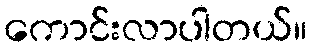
ကောင်းလာပါတယ်။